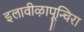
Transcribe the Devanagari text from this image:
इलावीऴापून्चिरा